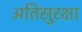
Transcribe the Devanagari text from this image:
अतिसुरक्षा